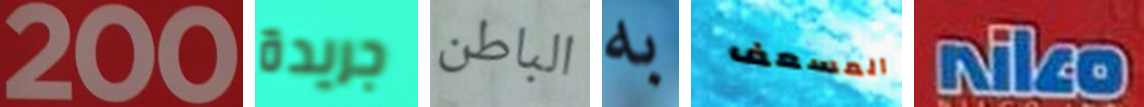
200 جريدة الباطن به المسعف Niko